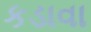
કડાવા